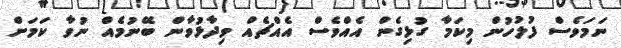
ނަމަވެސް ފުލުހުން މިކަމާ ގުޅިގެން އެއްވެސް އެއްޗެއް ވިދާޅުވާން ބޭނުމެއް ނުވާ ކަމަށް